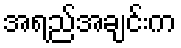
အရည်အချင်းက